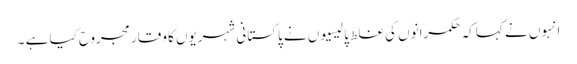
انہوں نے کہا کہ حکمرانوں کی غلط پالیسیوں نے پاکستانی شہریوں کا وقار مجروح کیا ہے ۔